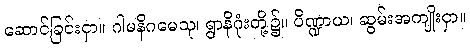
ဆောင်ခြင်းငှာ။ ဂါမနိဂမေသု၊ ရွာနိဂုံးတို့၌။ ပိဏ္ဍာယ၊ ဆွမ်းအကျိုးငှာ။